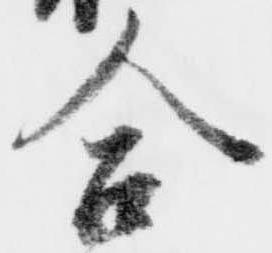
合